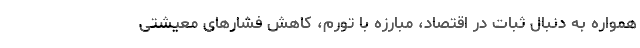
همواره به دنبال ثبات در اقتصاد، مبارزه با تورم، کاهش فشارهای معیشتی